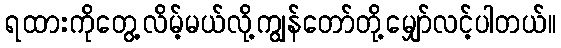
ရထားကိုတွေ့လိမ့်မယ်လို့ကျွန်တော်တို့မျှော်လင့်ပါတယ်။